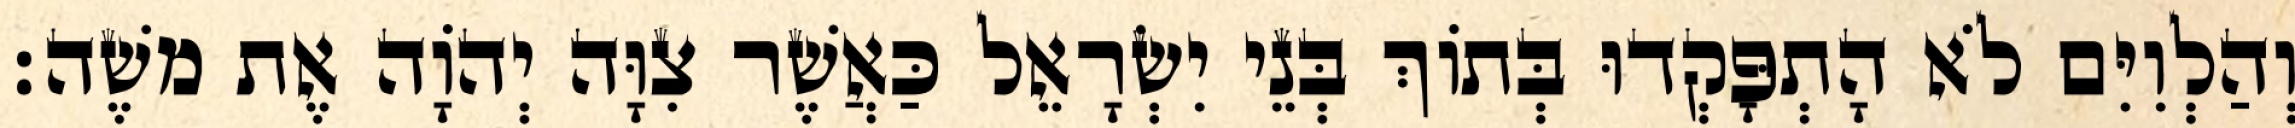
וְהַלְוִיִּם לֹא הָתְפָּקְדוּ בְּתוֹךְ בְּנֵי יִשְׂרָאֵל כַּאֲשֶׁר צִוָּה יְהוָֹה אֶת משֶׁה׃